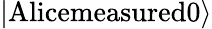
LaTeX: \left|\textrm{Alicemeasured0}\right\rangle